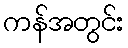
ကန်အတွင်း